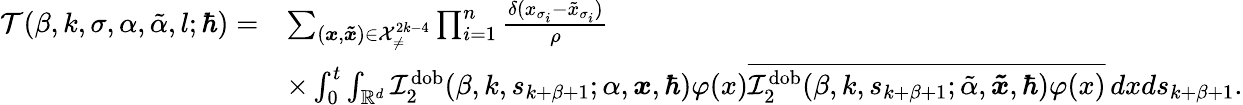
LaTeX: \begin{array}{rl}{\mathcal{T}(\beta,k,\sigma,\alpha,\tilde{\alpha},l;\hbar)=}&{\sum_{(\boldsymbol{x},\boldsymbol{\tilde{x}})\in\mathcal{X}_{\neq}^{2k-4}}\prod_{i=1}^{n}\frac{\delta(x_{\sigma_{i}}-\tilde{x}_{\sigma_{i}})}{\rho}}\\ &{\times\int_{0}^{t}\int_{\mathbb{R}^{d}}\mathcal{I}_{2}^{\mathrm{dob}}(\beta,k,s_{k+\beta+1};\alpha,\boldsymbol{x},\hbar)\varphi(x)\overline{{\mathcal{I}_{2}^{\mathrm{dob}}(\beta,k,s_{k+\beta+1};\tilde{\alpha},\boldsymbol{\tilde{x}},\hbar)\varphi(x)}}\, dxds_{k+\beta+1}.}\end{array}